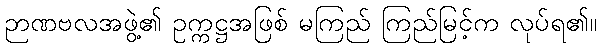
ဉာဏဗလအဖွဲ့၏ ဥက္ကဋ္ဌအဖြစ် မကြည် ကြည်မြင့်က လုပ်ရ၏။